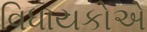
વિધાયકોએ